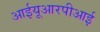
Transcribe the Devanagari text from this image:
आईयूआरपीआई